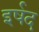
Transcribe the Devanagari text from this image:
इर्षद